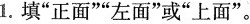
1. 填“正面””左面”或”上面”。